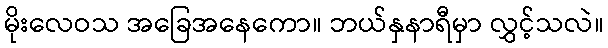
မိုးလေဝသ အခြေအနေကော။ ဘယ်နှနာရီမှာ လွှင့်သလဲ။